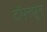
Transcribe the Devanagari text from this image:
टॉपमधून